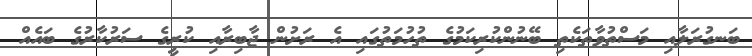
ބަނގުރަލާއި މަސްތުވާތަކެތި ބޭނުންކުރިކަމުގެ ތުހުމަތުގައި އެ ރަށުން ޖާބިރާއި ކުރީގެ ސަރުކާރުގެ ބައެއް